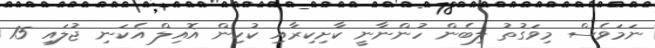
ނަމަވެސް މިވަގުތު ލިބެން ހުންނާނީ ކާށިކިރާއި ކުކިން އޮއިލް އެކަނި ޖުލައި 15